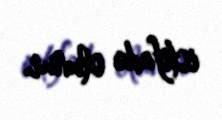
istifadə olunur.